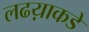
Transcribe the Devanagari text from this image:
लढय़ाकडे